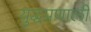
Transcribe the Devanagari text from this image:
युद्धप्रणाली